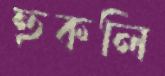
হুকলি